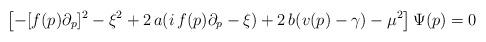
LaTeX: \begin{align*}\left[-[f(p)\partial_p]^2-\xi^2+2\,a(i\,f(p)\partial_p-\xi)+2\,b(v(p)-\gamma)-\mu^2\right]\Psi(p)=0\end{align*}